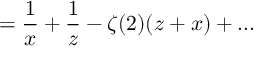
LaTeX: = { \frac { 1 } { x } } + { \frac { 1 } { z } } - \zeta ( 2 ) ( z + x ) + . . .